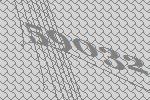
59032